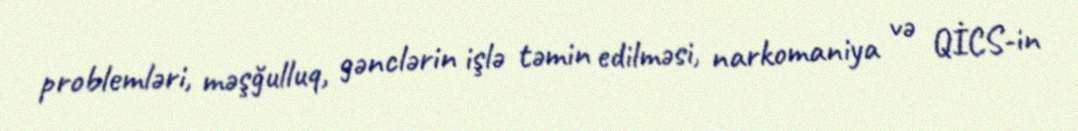
problemləri, məşğulluq, gənclərin işlə təmin edilməsi, narkomaniya və QİCS-in